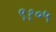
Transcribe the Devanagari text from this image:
९१०५